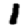
Digit: 1